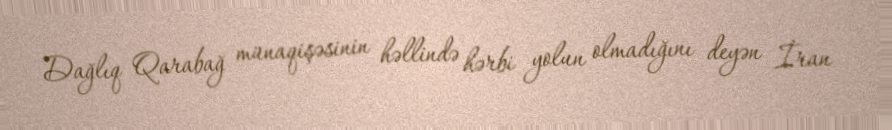
Dağlıq Qarabağ münaqişəsinin həllində hərbi yolun olmadığını deyən İran